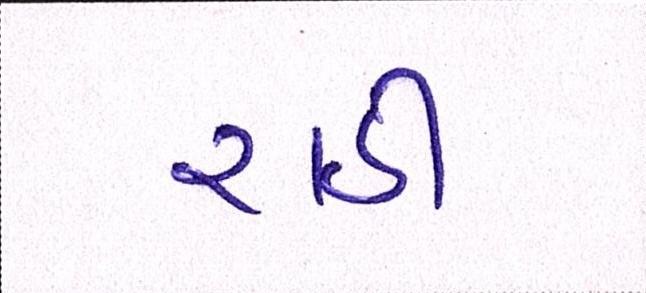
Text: રાઠી